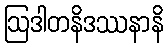
ဩဒါတနိဒဿနာနိ